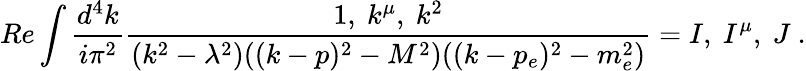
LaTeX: Re\int\frac{d^{4}k}{i\pi^{2}}\frac{1,\ k^{\mu},\ k^{2}}{(k^{2}-\lambda^{2})((k-p)^{2}-M^{2})((k-p_{e})^{2}-m_{e}^{2})}=I,\ I^{\mu},\ J\ .